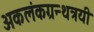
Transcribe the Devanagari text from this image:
अकलंकग्रन्थत्रयी